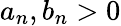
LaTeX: a_{n},b_{n}>0